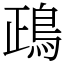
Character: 鴊